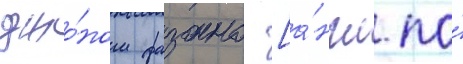
джо́ном фазано [а́нгл. по́